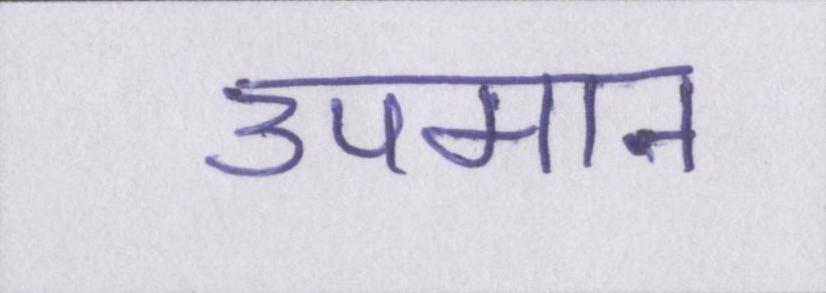
उपमान